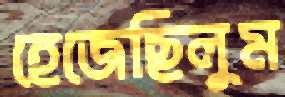
হেজেছিলুম